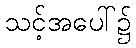
သင့်အပေါ်၌